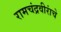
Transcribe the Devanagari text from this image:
रामचंद्रवीरांचे